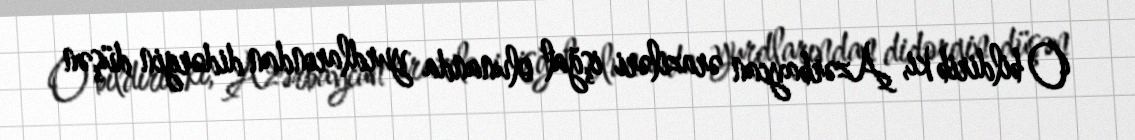
O bildirib ki, Azərbaycan əraziləri işğal olunanda yurdlarından didərgin düşən